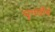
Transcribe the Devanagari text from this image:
मृगछौने